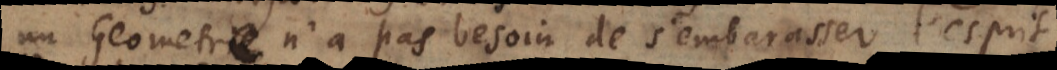
Geometre n’a pas besoin de s’embarasser l’espri